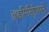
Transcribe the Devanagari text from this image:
ॲडमिनिष्ट्रेशनने